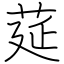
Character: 莚